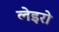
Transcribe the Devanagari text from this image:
लेइरो